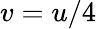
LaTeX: v=u/4